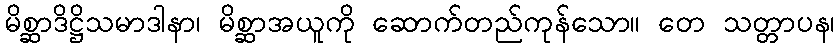
မိစ္ဆာဒိဋ္ဌိသမာဒါနာ၊ မိစ္ဆာအယူကို ဆောက်တည်ကုန်သော။ တေ သတ္တာပန၊